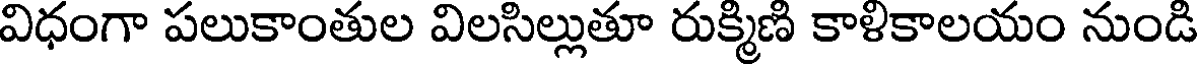
విధంగా పలుకాంతుల విలసిల్లుతూ రుక్మిణి కాళికాలయం నుండి